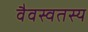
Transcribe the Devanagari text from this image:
वैवस्वतस्य